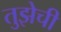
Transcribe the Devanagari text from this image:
तुझेची